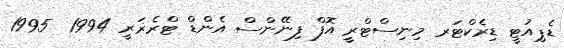
ޑެޕިއުޓީ ޑިރެކްޓަރ މިނިސްޓްރީ އޮފް ފިނޭންސް އެންޑް ޓްރެޜަރީ 1994  1995